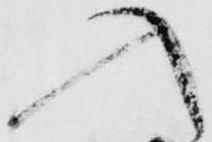
入